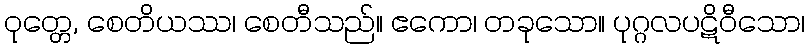
ဝုတ္တေ, စေတိယဿ၊ စေတီသည်။ ဧကော၊ တခုသော။ ပုဂ္ဂလပဋိဝီသော၊